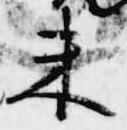
未